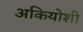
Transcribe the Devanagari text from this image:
अकियोशी